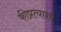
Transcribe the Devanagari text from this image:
कीप्रत्याशा